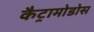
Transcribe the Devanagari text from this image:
कैट्रामोडोस